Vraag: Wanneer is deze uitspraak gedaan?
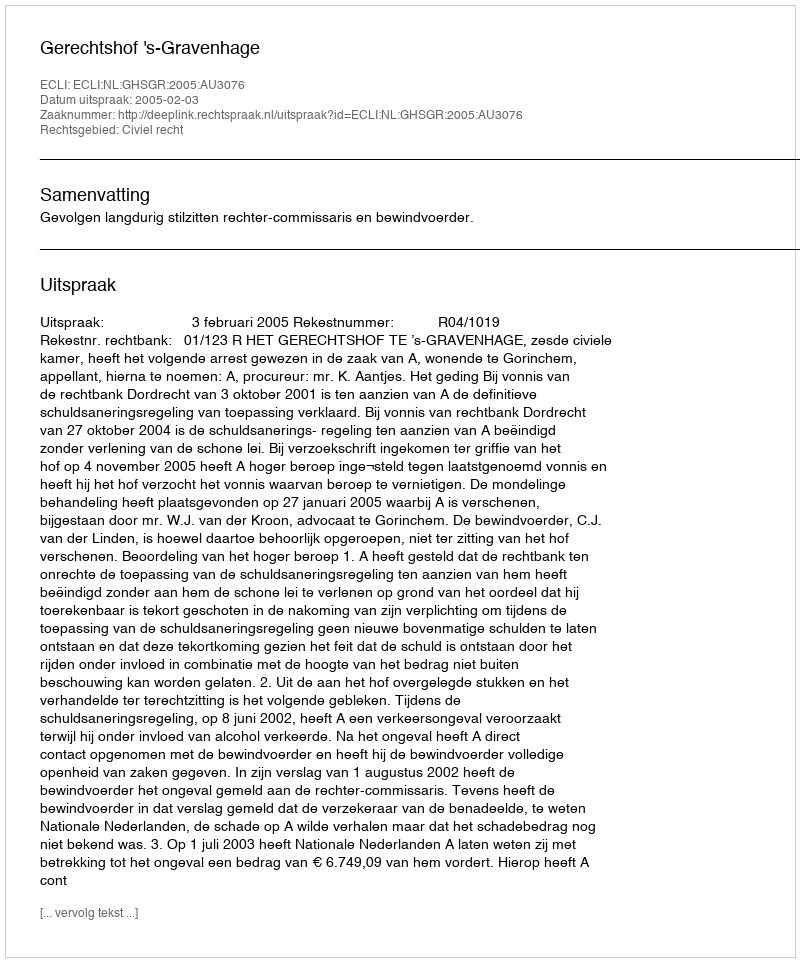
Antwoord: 2005-02-03